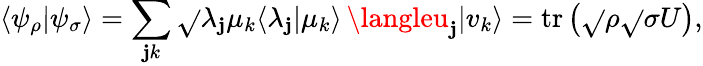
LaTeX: \langle\psi_{\rho}|\psi_{\sigma}\rangle=\sum_{\mathbf{j}k}{\sqrt{}{{\lambda_{\mathbf{j}}\mu_{k}}}}\langle\lambda_{\mathbf{j}}|\mu_{k}\rangle\, \langleu_{\mathbf{j}}|v_{k}\rangle=\operatorname{tr}\left({\sqrt{}{{\rho}}}{\sqrt{}{{\sigma}}}U\right),